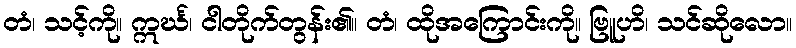
တံ၊ သင့်ကို။ ဣင်္ဃ၊ ငါတိုက်တွန်း၏။ တံ၊ ထိုအကြောင်းကို။ ဗြူဟိ၊ သင်ဆိုလော။